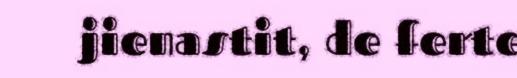
jienastit, de ferte